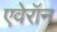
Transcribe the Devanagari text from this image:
एवेरॉन